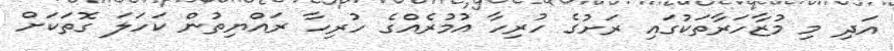
އަދި މި މުޒާހަރާތަކުގައި ރަށުގެ ހުރިހާ އުމުރެއްގެ ހުރިހާ ރައްޔިތުން ކަހަލަ ގޮތަކަށް